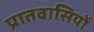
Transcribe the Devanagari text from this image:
प्रातवासियों